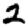
Digit: 2